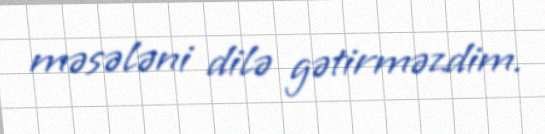
məsələni dilə gətirməzdim.